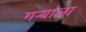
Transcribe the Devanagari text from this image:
गर्‍याला